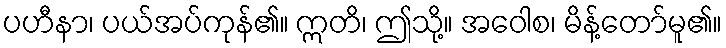
ပဟီနာ၊ ပယ်အပ်ကုန်၏။ ဣတိ၊ ဤသို့။ အဝေါစ၊ မိန့်တော်မူ၏။